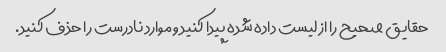
حقایق صحیح را از لیست داده شده پیدا کنید و موارد نادرست را حذف کنید.